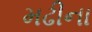
મઢીના